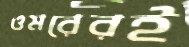
ওমরেরই